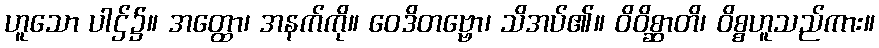
ဟူသော ပါဌ်၌။ အတ္ထော၊ အနက်ကို။ ဝေဒိတဗ္ဗော၊ သိအပ်၏။ ဝိဝိစ္ဆာတိ၊ ဝိစ္စဟူသည်ကား။